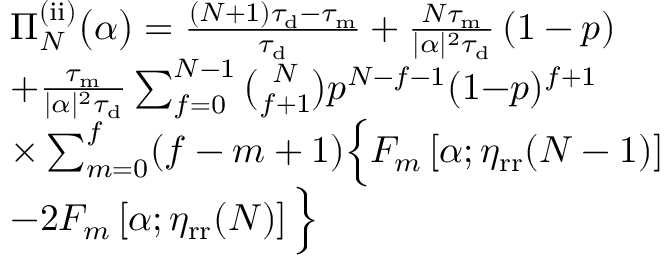
\begin{array} { r l } & { \Pi _ { N } ^ { \mathrm { ( i i ) } } \big ( \alpha \big ) = \frac { ( N + 1 ) \tau _ { \mathrm { d } } - \tau _ { \mathrm { m } } } { \tau _ { \mathrm { d } } } + \frac { N \tau _ { \mathrm { m } } } { | \alpha | ^ { 2 } \tau _ { \mathrm { d } } } \left( 1 - p \right) } \\ & { + \frac { \tau _ { \mathrm { m } } } { | \alpha | ^ { 2 } \tau _ { \mathrm { d } } } \sum _ { f = 0 } ^ { N - 1 } \binom { N } { f + 1 } p ^ { N - f - 1 } ( 1 { - } p ) ^ { f + 1 } } \\ & { \times \sum _ { m = 0 } ^ { f } ( f - m + 1 ) \Big \{ F _ { m } \left[ \alpha ; \eta _ { \mathrm { r r } } ( N - 1 ) \right] } \\ & { { - } 2 F _ { m } \left[ \alpha ; \eta _ { \mathrm { r r } } ( N ) \right] \Big \} } \end{array}